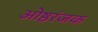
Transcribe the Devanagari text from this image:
ओष्ठरंजक